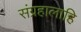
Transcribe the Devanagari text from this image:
संग्रहालाहि